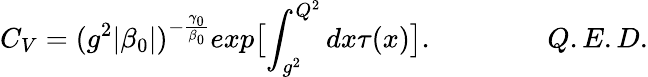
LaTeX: C_{V}=(g^{2}|\beta_{0}|)^{-\frac{\gamma_{0}}{\beta_{0}}}exp\bigl[\int_{g^{2}}^{Q^{2}}dx\tau(x)\bigr].\qquad\qquad Q.E.D.